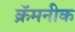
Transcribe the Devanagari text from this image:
क्रॅमनीक